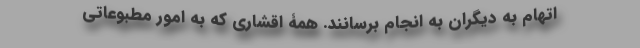
اتهام به دیگران به انجام برسانند. همۀ اقشاری که به امور مطبوعاتی